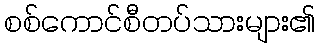
စစ်ကောင်စီတပ်သားများ၏